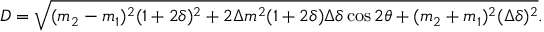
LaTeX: D = \sqrt { ( m _ { 2 } - m _ { 1 } ) ^ { 2 } ( 1 + 2 \delta ) ^ { 2 } + 2 \Delta m ^ { 2 } ( 1 + 2 \delta ) \Delta \delta \cos 2 \theta + ( m _ { 2 } + m _ { 1 } ) ^ { 2 } ( \Delta \delta ) ^ { 2 } } .